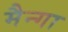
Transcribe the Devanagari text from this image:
मैन्गा